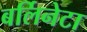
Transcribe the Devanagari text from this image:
बर्लिनेटा